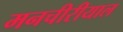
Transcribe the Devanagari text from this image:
मनचीरीयाल